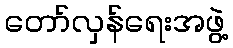
တော်လှန်ရေးအဖွဲ့